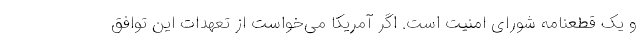
و یک قطعنامه شورای امنیت است. اگر آمریکا می‌خواست از تعهدات این توافق